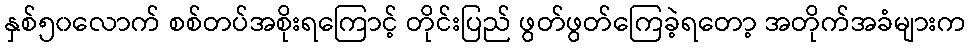
နှစ်၅၀လောက် စစ်တပ်အစိုးရကြောင့် တိုင်းပြည် ဖွတ်ဖွတ်ကြေခဲ့ရတော့ အတိုက်အခံများက